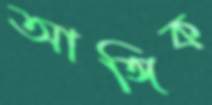
আঙ্গিক